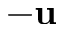
- \mathbf { u }